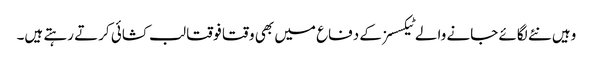
وہیں نئے لگائے جانے والے ٹیکسسز کے دفاع میں بھی وقتا فوقتا لب کشائی کرتے رہتے ہیں۔